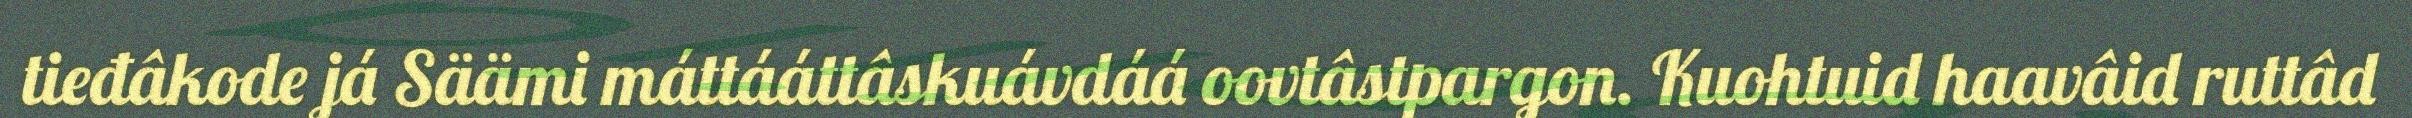
tieđâkode já Säämi máttááttâskuávdáá oovtâstpargon. Kuohtuid haavâid ruttâd